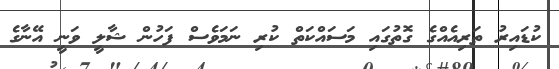
ކުޑައިރު ތަރިއެއްގެ ގޮތުގައި މަސައްކަތް ކުރި ނަމަވެސް ފަހުން ޝާލީ ވަނީ އޭނާގެ